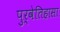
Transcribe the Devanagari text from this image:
पुर्वेतिहासा